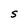
Character: S